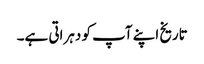
تاریخ اپنے آپ کو دہراتی ہے۔